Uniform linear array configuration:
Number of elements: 8
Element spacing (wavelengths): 0.25
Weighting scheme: hamming
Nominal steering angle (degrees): -15
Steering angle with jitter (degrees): -14.658
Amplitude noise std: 0.05
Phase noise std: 0.05

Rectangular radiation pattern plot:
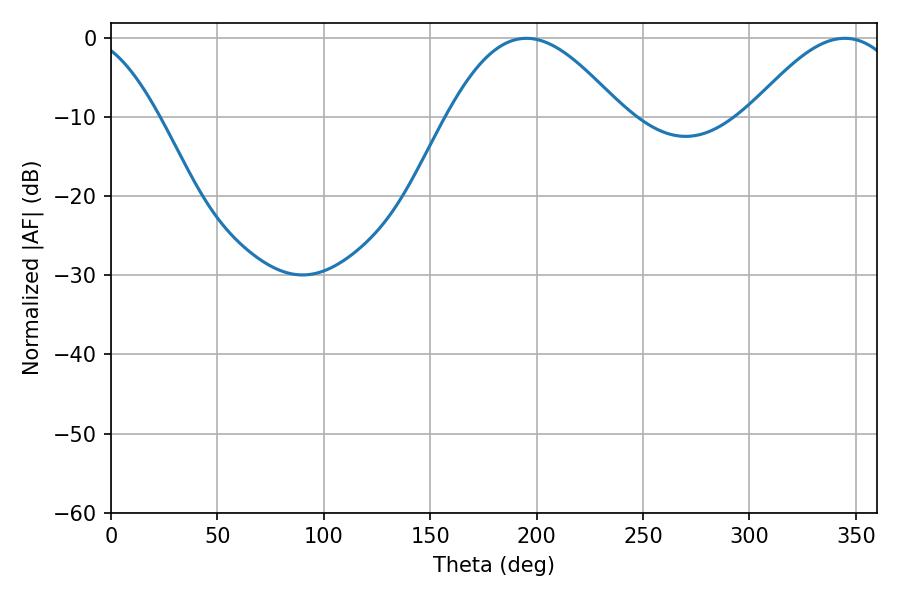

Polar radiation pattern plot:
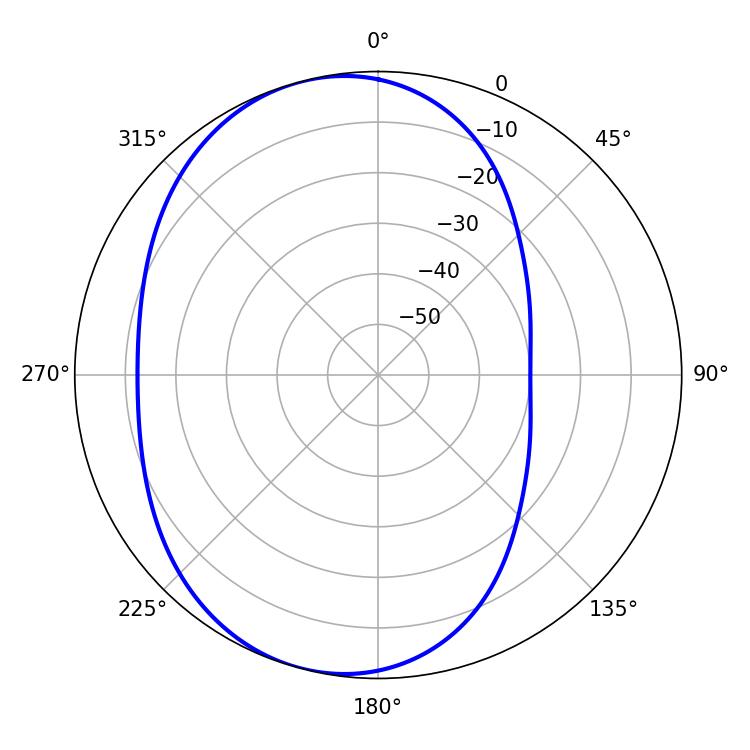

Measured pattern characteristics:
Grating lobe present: FALSE
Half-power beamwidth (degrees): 44.46
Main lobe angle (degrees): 195.12